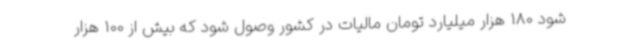
شود 180 هزار میلیارد تومان مالیات در کشور وصول شود که بیش از 100 هزار